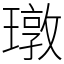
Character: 㻻